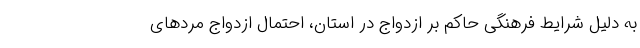
به دلیل شرایط فرهنگی حاکم بر ازدواج در استان، احتمال ازدواج مردهای